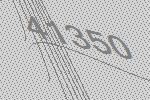
41350